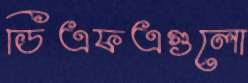
ডিএফএগুলো